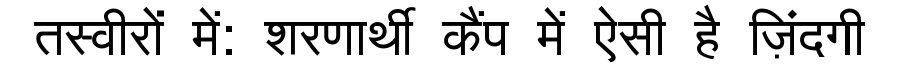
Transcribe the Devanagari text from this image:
तस्वीरों में: शरणार्थी कैंप में ऐसी है ज़िंदगी